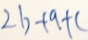
2 b + 9 + c